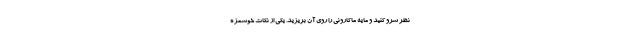
نظر سرو کنید و مایه ماکارونی را روی آن بریزید. یکی از نکات خوشمزه